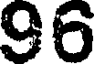
96